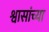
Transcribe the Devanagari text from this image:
श्वासांच्या